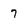
Character: 7